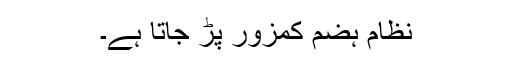
نظام ہضم کمزور پڑ جاتا ہے۔